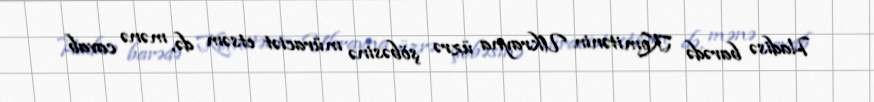
Hadisə barədə Komitənin Ukrayna üzrə şöbəsinə müraciət etsəm də, mənə cavab